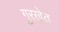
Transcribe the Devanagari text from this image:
गुरखेत